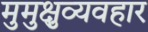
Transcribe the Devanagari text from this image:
मुमुक्षुव्यवहार